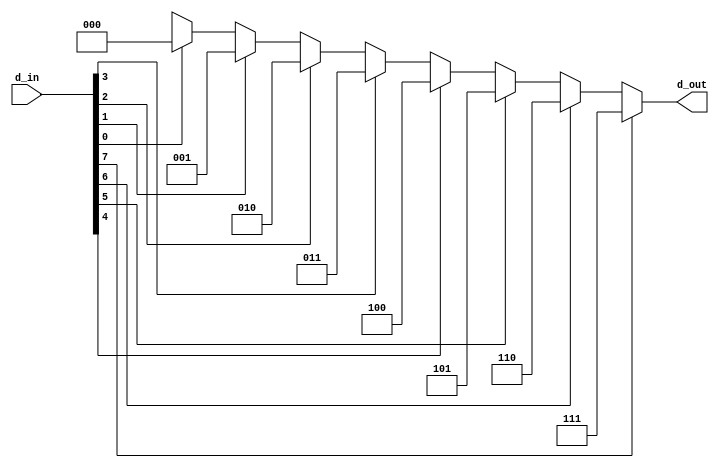
module prio_enco_8x3(d_out, d_in);

   output [2:0] d_out;
   input [7:0] d_in ;

assign d_out = (d_in[7] ==1'b1 ) ? 3'b111:
               (d_in[6] ==1'b1 ) ? 3'b110:
               (d_in[5] ==1'b1 ) ? 3'b101:
               (d_in[4] ==1'b1) ? 3'b100:
               (d_in[3] ==1'b1) ? 3'b011:
               (d_in[2] ==1'b1) ? 3'b010:
               (d_in[1] ==1'b1) ? 3'b001:
               (d_in[0] ==1'b1) ? 3'b000: 3'bxxx;

endmodule